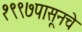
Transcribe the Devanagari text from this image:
१९९७पासूनचे